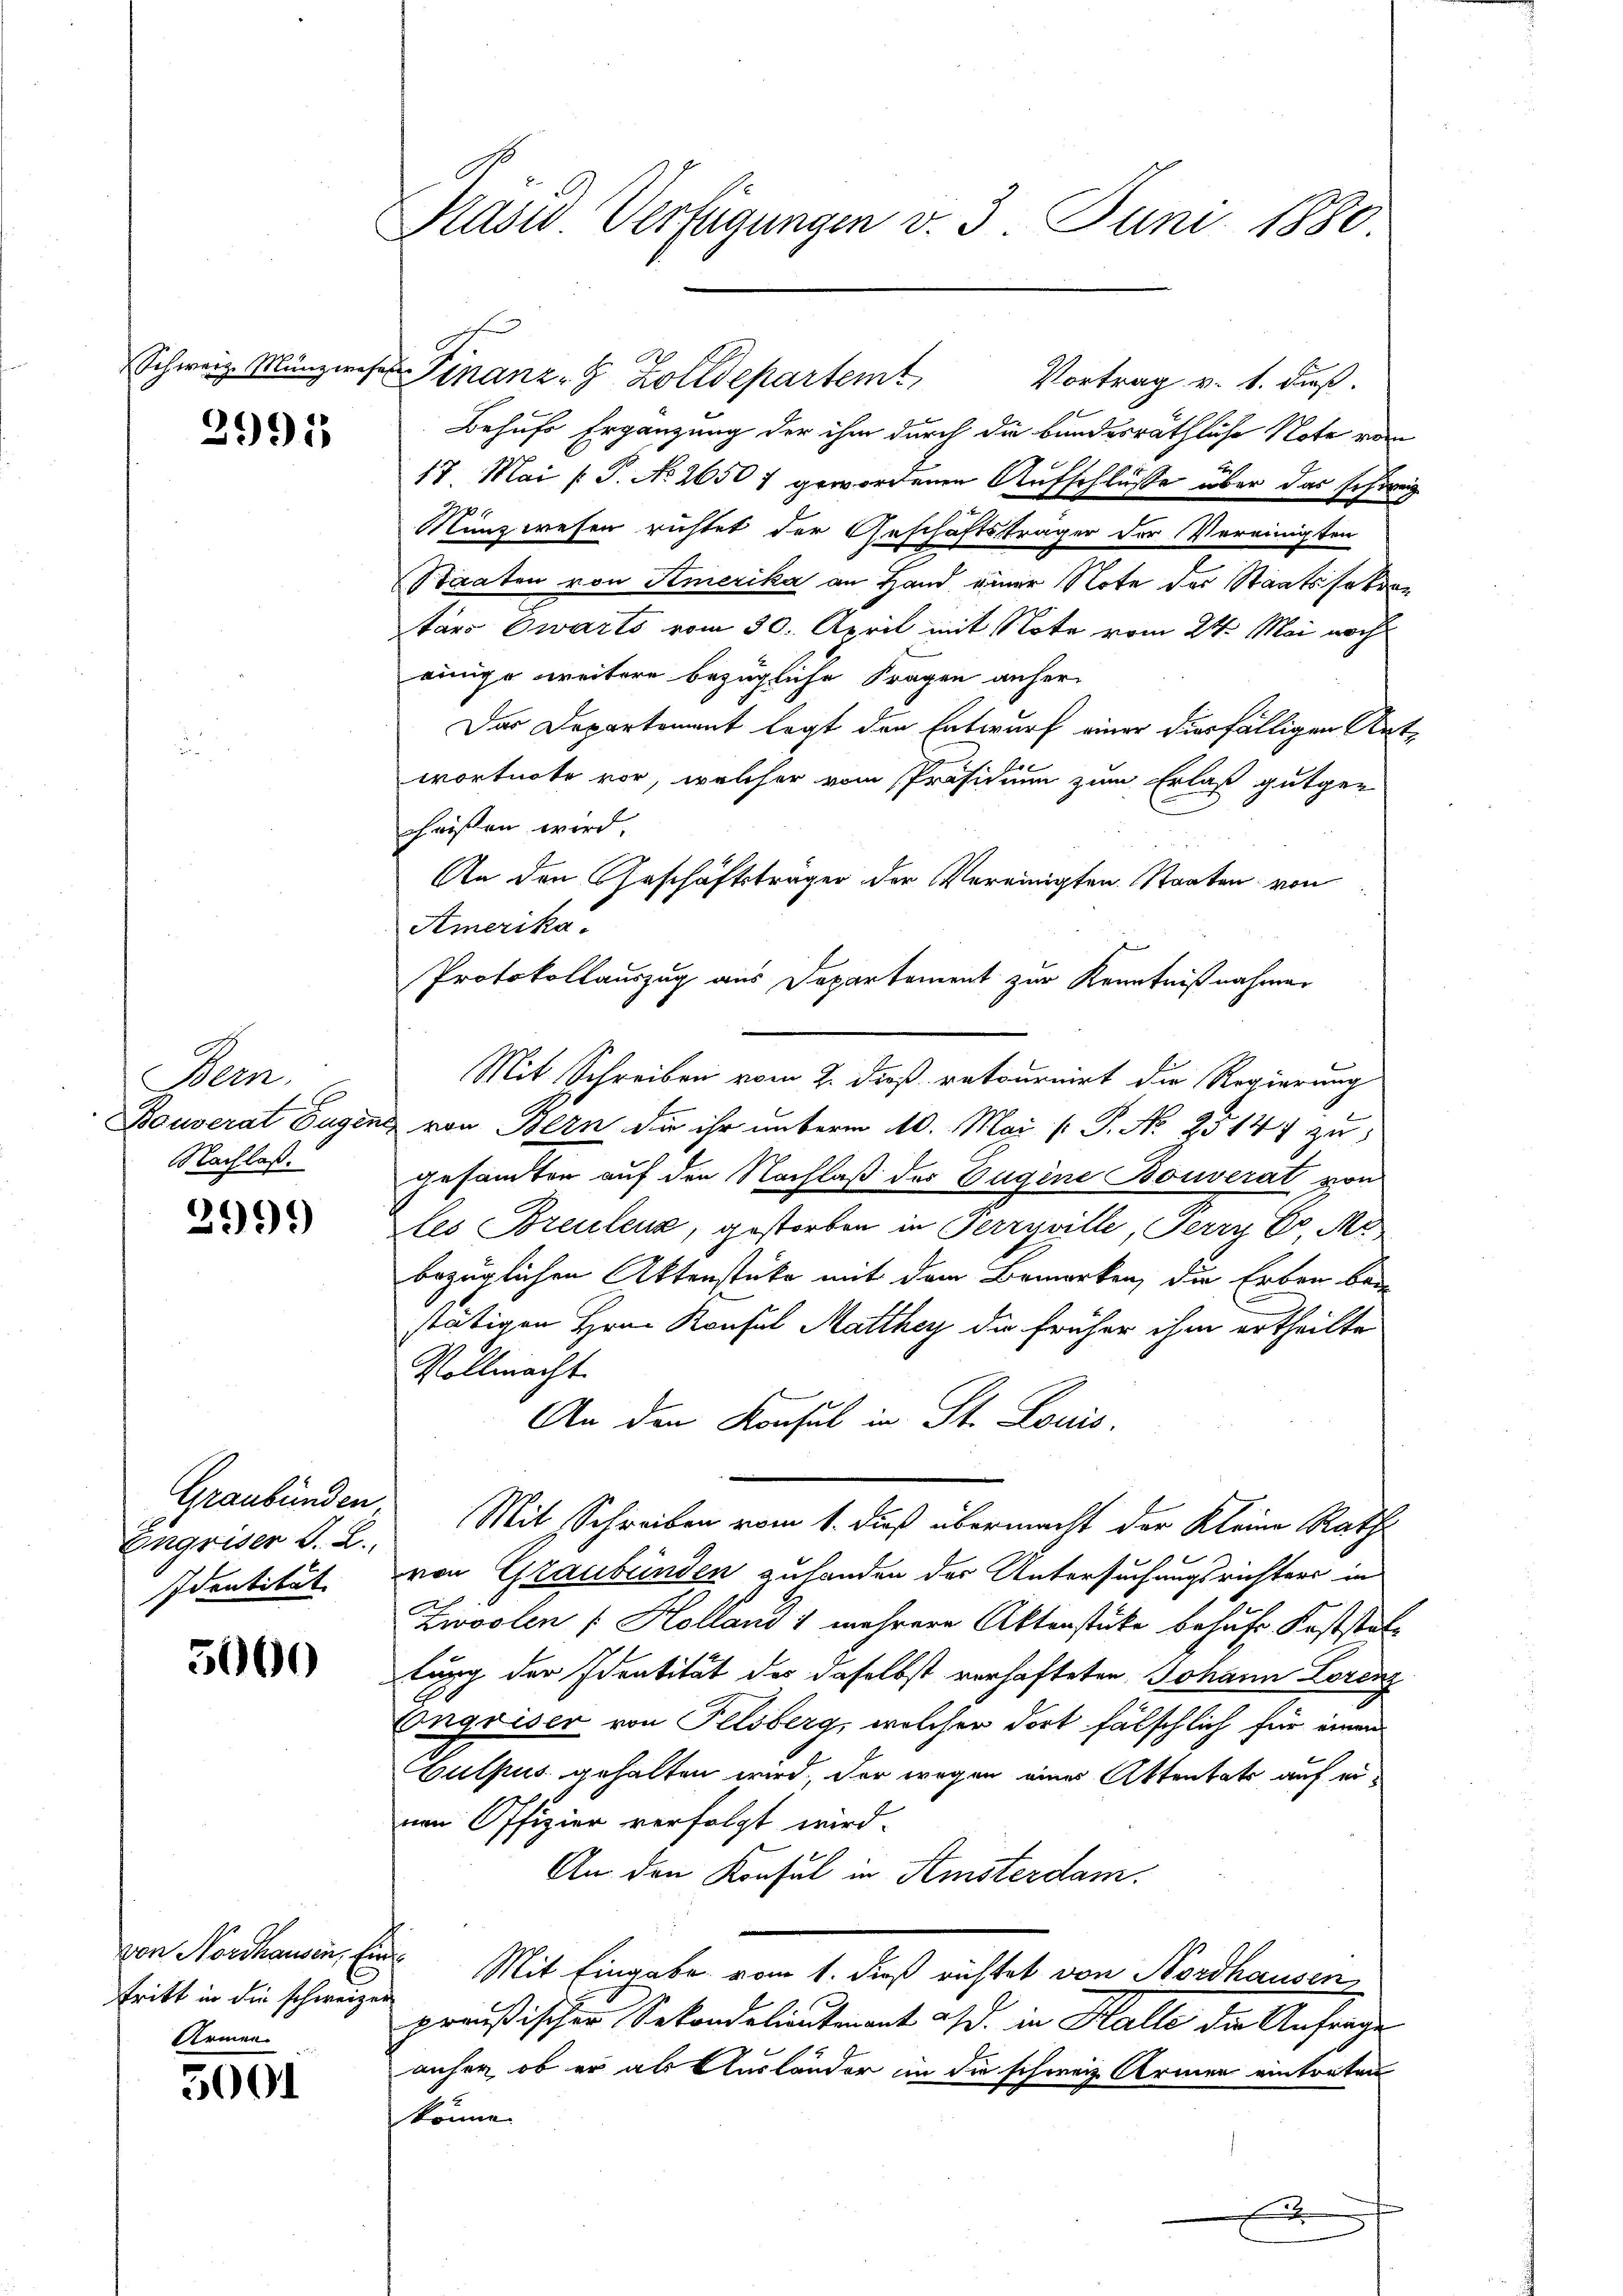
2991

Bern.
Nachlaß.

2999)

Eingriser J. L.
Identität

5000

tritt in die schweizer
Armen.

5001

Präsid. Verfügungen v. 3. Juni 1880

Schweiz. Münzwesen Finanz- 8 Zolldepartemt,
Vortrag v. 1. dieß.
Behufe Ergänzung der ihm durch die bundesräthliche Note vom
17. Mai [S. No. 26507 gewordenen Aufschlüsse über das schweig
Münzwesen richtet der Geschäftsträger der Vereinigten
Staaten von Amerika an Hand einer Note der Staatssekurtärs warts vom 30. April mit Note vom 24. Mai noch
einige weitere bezügliche Fragen anher
Das Departement legt den Entwurf einer diesfälligen Antwortnote vor, welcher vom Präsidium zum Erlaß gutge-
chaisen wird.
An den Geschäftsträger der Vereinigten Staaten von
Amerika¬
Protokollauszug aus Departement zur Kenntnißnahmen
Mit Schreiben vom 2. dieß retournirt die Regierung
Bouverat Eugens von Bern die ihr unterm 10. Mai ( P. Nr. 25147 zu
gesamten auf den Nachlaß der Eugene Bouverat von
les Breulenz, gestorben in Perryville, Perry Co Mo
bezüglichen Aktenstücke mit dem Bemerken, die Erben bei
stätigen Hrn. Konsul Matthey die früher ihm ertheilte
Vollmacht.
An den Konsul in St. Louis
Graubünden, Mit Schreiben vom 1. dieß übermacht der Kleine Rath
von Graubünden zuhanden der Untersuchungsrichters in
Zwoolen [Holland 1 mehrere Aktenstücke behufs Feststatlung der Identität des daselbst verhafteten Johann Lorenz
Engriser von Felsberg, welcher dort fälschlich für einem
Culpus gehalten wird, der wegen eines Aktentats auf ernen Offizier verfolgt wird.
An den Konsul in Amsterdam.
von Nordhausen, Ein Mit Eingabe vom 1. dieß richtet von Nordhausen
preußischer Sekondolieutnant ad. in Halle die Anfrage
anher ob er als Ausländer in die schweiz. Armen eintreten
könne.
x